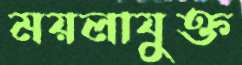
ময়লাযুক্ত